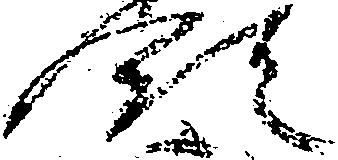
領